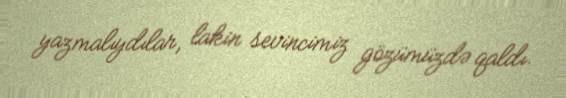
yazmalıydılar, lakin sevincimiz gözümüzdə qaldı.